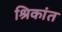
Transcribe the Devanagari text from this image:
श्रिकांत